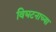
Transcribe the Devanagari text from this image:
विघटनाच्या